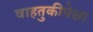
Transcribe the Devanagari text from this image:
वाहतुकीपेक्षा